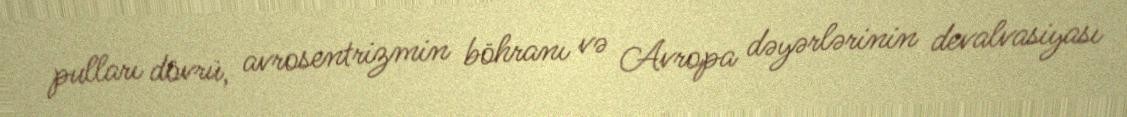
pulları dövrü, avrosentrizmin böhranı və Avropa dəyərlərinin devalvasiyası